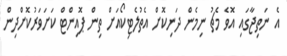
އެ ނަތިޖާގައި އޮވެ މެޗު ނިމެން ދަނިކޮށް އެތުލެޓިކޯއަށް ތިން ޕޮއިންޓް ކަށަވަރުކޮށްދިން